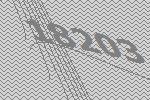
18203